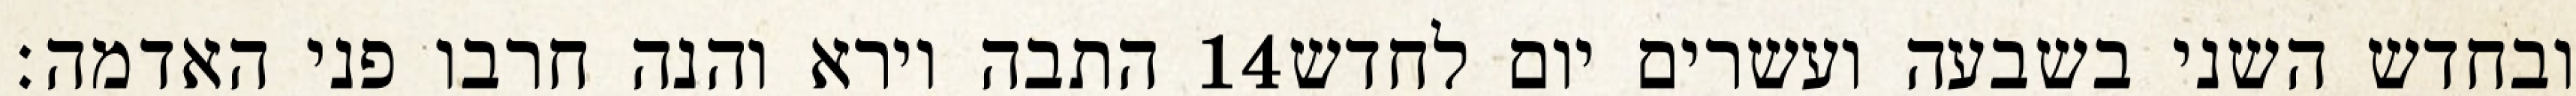
התבה וירא והנה חרבו פני האדמה׃ ‎14‏ ובחדש השני בשבעה ועשרים יום לחדש